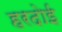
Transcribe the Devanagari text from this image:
हरदाेई